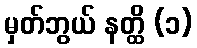
မှတ်ဘွယ် နတ္ထိ (၁)